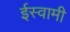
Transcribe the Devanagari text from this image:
ईस्वामी